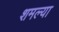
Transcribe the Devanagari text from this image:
शमल्या